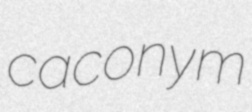
caconym